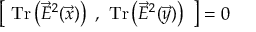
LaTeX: \left[ ~ \mathrm { T r } \left( { \vec { E } } ^ { 2 } ( \vec { x } ) \right) ~ , ~ \mathrm { T r } \left( { \vec { E } } ^ { 2 } ( \vec { y } ) \right) ~ \right] = 0